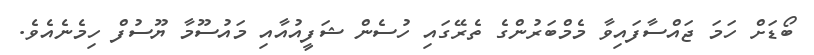
ބޯޑަށް ހަމަ ޖައްސާފައިވާ މެމްބަރުންގެ ތެރޭގައި ހުސެން ޝަފީއުއާއި މައުސޫމާ ޔޫސުފް ހިމެނެއެވެ.